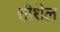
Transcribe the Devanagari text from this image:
शीशेल